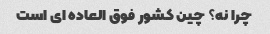
چرا نه؟ چین کشور فوق العاده ای است